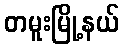
တမူးမြို့နယ်